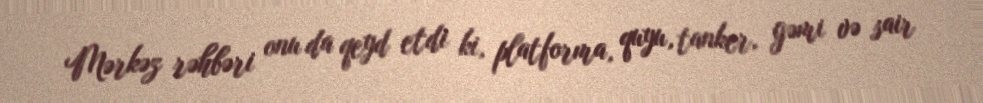
Mərkəz rəhbəri onu da qeyd etdi ki, platforma, quyu, tanker, gəmi və sair